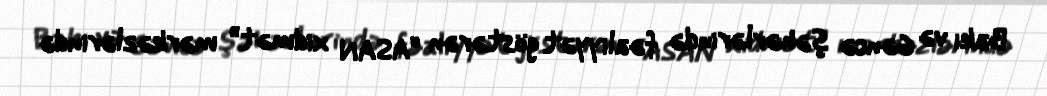
Bakı və Gəncə şəhərlərində fəaliyyət göstərən “ASAN xidmət” mərkəzlərində